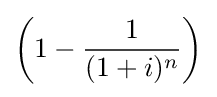
\left({1-{1 \over {(1+i)^{n}}}}\right)